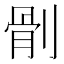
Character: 𠞡